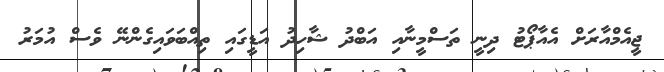
ޖީއެމްއާރަށް އެއާޕޯޓު ދިނީ ތަސްމީނާއި އަބްދު ޝާހިދު އަޑީގައި ތިއްބަވައިގެންނޭ ވެސް އުމަރު